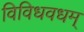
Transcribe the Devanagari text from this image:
विविधवधम्